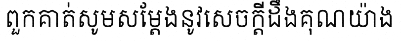
ពួកគាត់សូមសម្តែងនូវសេចក្តីដឹងគុណយ៉ាង